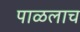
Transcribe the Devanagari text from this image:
पाळलाच